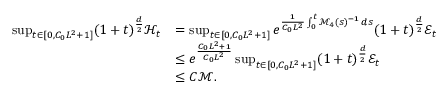
\begin{array} { r l } { \operatorname* { s u p } _ { t \in [ 0 , C _ { 0 } L ^ { 2 } + 1 ] } ( 1 + t ) ^ { \frac { d } { 2 } } \mathcal { H } _ { t } } & { = \operatorname* { s u p } _ { t \in [ 0 , C _ { 0 } L ^ { 2 } + 1 ] } e ^ { \frac { 1 } { C _ { 0 } L ^ { 2 } } \int _ { 0 } ^ { t } \mathcal { M } _ { 4 } ( s ) ^ { - 1 } \, d s } ( 1 + t ) ^ { \frac { d } { 2 } } \mathcal { E } _ { t } } \\ & { \leq e ^ { \frac { C _ { 0 } L ^ { 2 } + 1 } { C _ { 0 } L ^ { 2 } } } \operatorname* { s u p } _ { t \in [ 0 , C _ { 0 } L ^ { 2 } + 1 ] } ( 1 + t ) ^ { \frac { d } { 2 } } \mathcal { E } _ { t } } \\ & { \leq C \mathscr { M } . } \end{array}